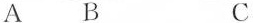
A B C